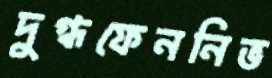
দুগ্ধফেননিভ